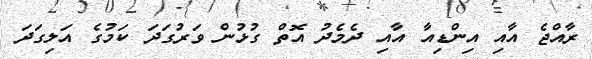
ރާއްޖެ އާއި އިންޑިއާ އާއި ދެމެދު އޮތް ގުޅުން ވަރުގަދަ ކަމުގެ އަލިގަދަ